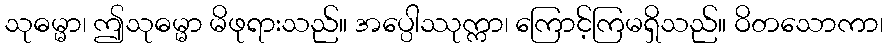
သုဓမ္မာ၊ ဤသုဓမ္မာ မိဖုရားသည်။ အပ္ပေါဿုက္ကာ၊ ကြောင့်ကြမရှိသည်။ ဝိတသောကာ၊